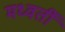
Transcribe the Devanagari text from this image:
मध्वर्ती